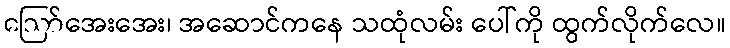
ဪအေးအေး၊ အဆောင်ကနေ သထုံလမ်း ပေါ်ကို ထွက်လိုက်လေ။